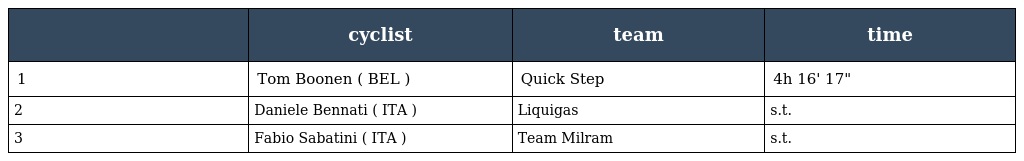
|  | cyclist | team | time |
 | --- | --- | --- | --- |
 | 1 | Tom Boonen ( BEL ) | Quick Step | 4h 16' 17" |
 | 2 | Daniele Bennati ( ITA ) | Liquigas | s.t. |
 | 3 | Fabio Sabatini ( ITA ) | Team Milram | s.t. |